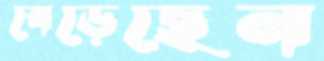
বেড়েছেন